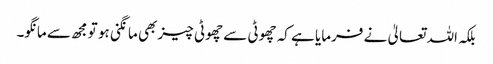
بلکہ اللہ تعالیٰ نے فرمایا ہے کہ چھوٹی سے چھوٹی چیز بھی مانگنی ہو تو مجھ سے مانگو۔